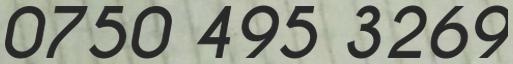
0750 495 3269